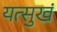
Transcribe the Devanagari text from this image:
यत्सुखं